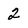
Character: 2